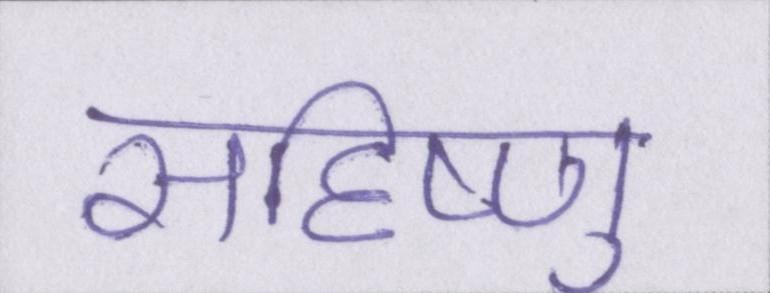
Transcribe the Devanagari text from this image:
सहिष्णु